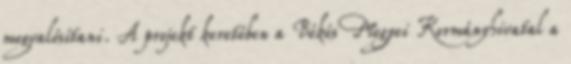
megvalósítani. A projekt keretében a Békés Megyei Kormányhivatal a